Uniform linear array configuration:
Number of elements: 64
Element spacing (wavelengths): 1
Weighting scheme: blackman
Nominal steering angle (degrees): -45
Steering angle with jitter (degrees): -46.056
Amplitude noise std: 0.05
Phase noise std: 0.05

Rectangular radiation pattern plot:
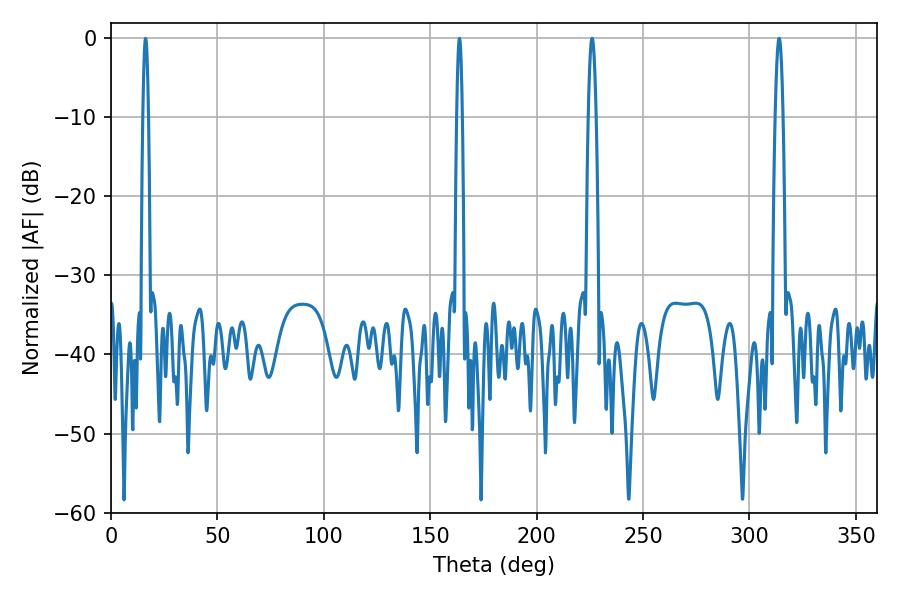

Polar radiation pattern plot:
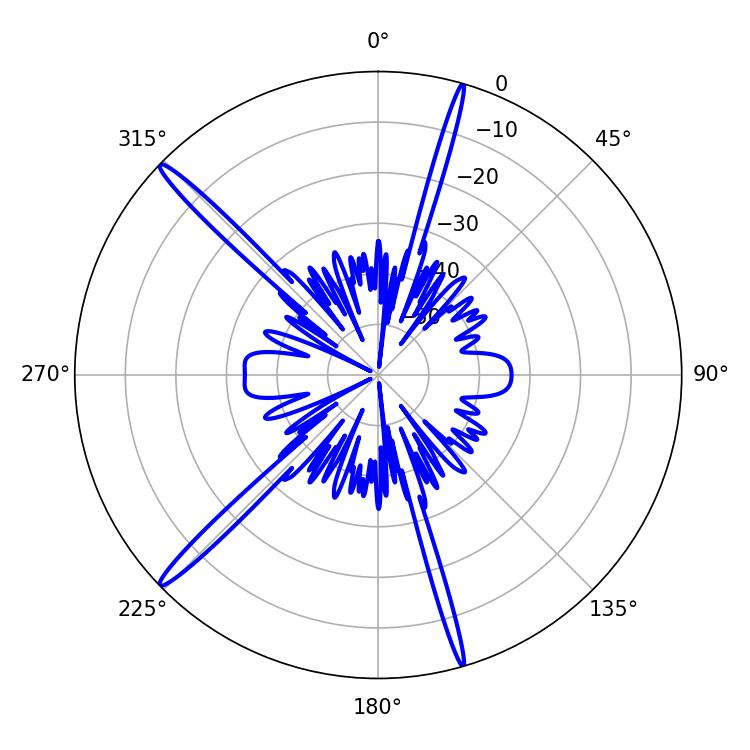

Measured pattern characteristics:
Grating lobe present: TRUE
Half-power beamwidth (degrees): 1.8
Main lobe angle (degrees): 226.08